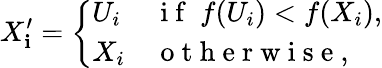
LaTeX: X_{\mathbf{i}}^{\prime}=\left\{ \begin{array}{ll}{U_{i}}&{\mathrm{~i~f~}\ f(U_{i})<f(X_{i}),}\\ {X_{i}}&{\mathrm{~o~t~h~e~r~w~i~s~e~},}\end{array}\right.